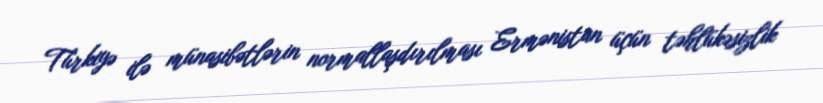
Türkiyə ilə münasibətlərin normallaşdırılması Ermənistan üçün təhlükəsizlik